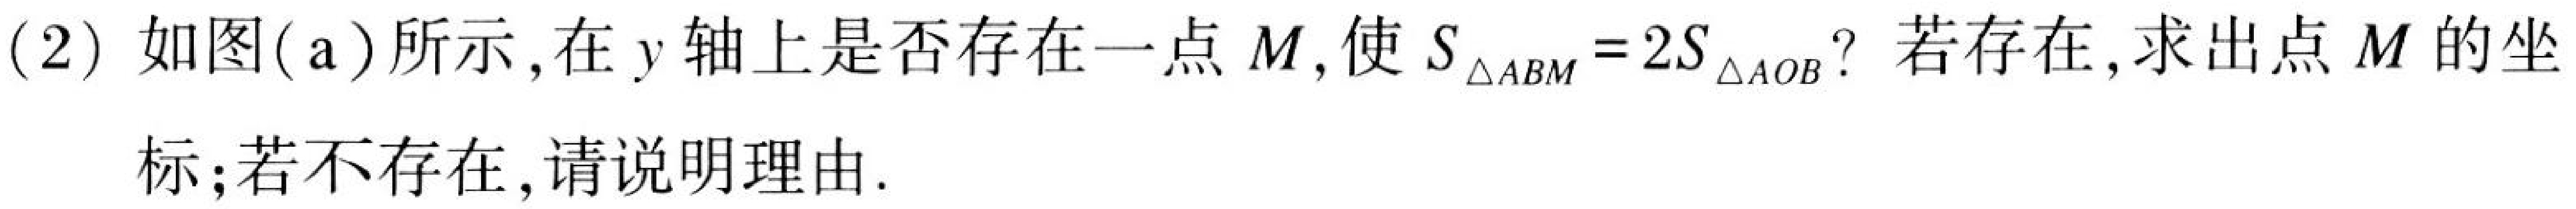
(2) 如图(a)所示,在 \(y\) 轴上是否存在一点 \(M\),使 \(S_{\triangle ABM}=2S_{\triangle AOB}\)? 若存在,求出点 \(M\) 的坐
标;若不存在,请说明理由.